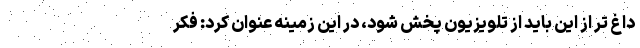
داغ تر از این باید از تلویزیون پخش شود، در این زمینه عنوان کرد: فکر